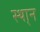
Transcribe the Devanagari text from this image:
स्था्न